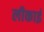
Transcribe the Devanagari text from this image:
लीकाई